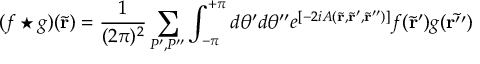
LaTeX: ( f \star g ) ( \tilde { \bf r } ) = \frac { 1 } { ( 2 \pi ) ^ { 2 } } \sum _ { P ^ { \prime } , P ^ { \prime \prime } } \int _ { - \pi } ^ { + \pi } d \theta ^ { \prime } d \theta ^ { \prime \prime } e ^ { [ - 2 i A ( \tilde { \bf r } , \tilde { \bf r } ^ { \prime } , \tilde { \bf r } ^ { \prime \prime } ) ] } f ( \tilde { \bf r } ^ { \prime } ) g ( \tilde { \bf r ^ { \prime \prime } } )